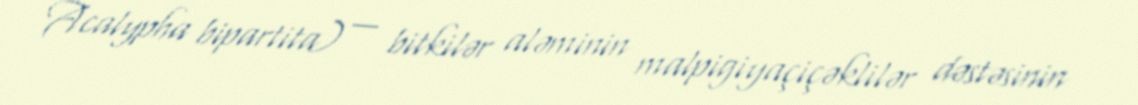
Acalypha bipartita) — bitkilər aləminin malpigiyaçiçəklilər dəstəsinin